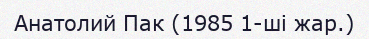
Анатолий Пак (1985 1-ші жар.)